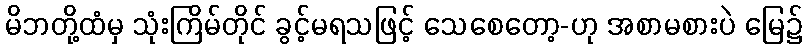
မိဘတို့ထံမှ သုံးကြိမ်တိုင် ခွင့်မရသဖြင့် သေစေတော့-ဟု အစာမစားပဲ မြေ၌